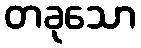
တခုသော